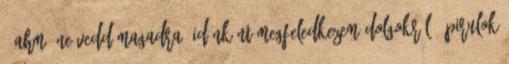
- Ahm, ne vedd magadra, időnként megfeledkezem dolgokról.- pirulok